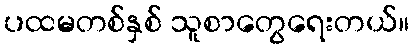
ပထမတစ်နှစ် သူစာတွေရေးတယ်။